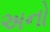
અનો